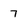
Character: 7